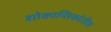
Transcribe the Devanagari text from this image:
शोकान्तिकांतील